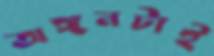
অঙ্গনটাই